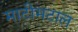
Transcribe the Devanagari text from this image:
माटीमटाल